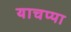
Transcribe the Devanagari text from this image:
याचप्पा